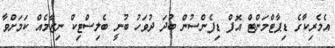
އެމެރިކާގެ ޑިިޕާޓްމަންޓް އޮފް ޑިފެންސުން ބުދަ ދުވަހު ބުނީ ބެލިސްޓިކް ނިޒާމެއް ކަމަށްވާ